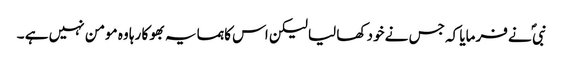
نبی ؐ نے فرمایا کہ جس نے خود کھا لیا لیکن اس کا ہمسایہ بھوکا رہا وہ مومن نہیں ہے ۔